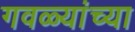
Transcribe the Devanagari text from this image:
गवळ्यांच्या